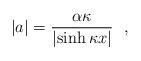
LaTeX: \begin{align*} |a| =\frac{\alpha\kappa}{\left| \sinh\kappa x \right|}~~,\end{align*}